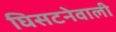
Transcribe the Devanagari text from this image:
घिसटनेवाली